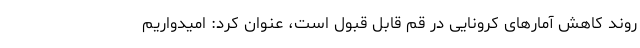
روند کاهش آمارهای کرونایی در قم قابل قبول است، عنوان کرد: امیدواریم